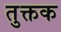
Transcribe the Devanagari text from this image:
तुक्तक